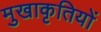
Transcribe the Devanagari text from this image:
मुखाकृतियों